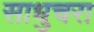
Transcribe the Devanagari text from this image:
साधुचरा